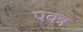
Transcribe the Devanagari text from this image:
पवत्र